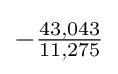
-{\tfrac {43,043}{11,275}}